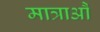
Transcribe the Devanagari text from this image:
मात्राऔं